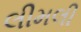
લીમલી